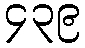
၄၃၉